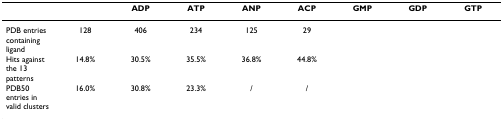
<table><thead><tr><td>[EMPTY_CELL]</td><td>[EMPTY_CELL]</td><td><b>ADP</b></td><td><b>ATP</b></td><td><b>ANP</b></td><td><b>ACP</b></td><td><b>GMP</b></td><td><b>GDP</b></td><td><b>GTP</b></td></tr></thead><tbody><tr><td>PDB entries containing ligand</td><td>128</td><td>406</td><td>234</td><td>125</td><td>29</td><td>[EMPTY_CELL]</td><td>[EMPTY_CELL]</td><td>[EMPTY_CELL]</td></tr><tr><td>Hits against the 13 patterns</td><td>14.8%</td><td>30.5%</td><td>35.5%</td><td>36.8%</td><td>44.8%</td><td>[EMPTY_CELL]</td><td>[EMPTY_CELL]</td><td>[EMPTY_CELL]</td></tr><tr><td>PDB50 entries in valid clusters</td><td>16.0%</td><td>30.8%</td><td>23.3%</td><td>/</td><td>/</td><td>[EMPTY_CELL]</td><td>[EMPTY_CELL]</td><td>[EMPTY_CELL]</td></tr></tbody></table>